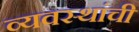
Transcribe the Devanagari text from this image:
व्यवस्थांची